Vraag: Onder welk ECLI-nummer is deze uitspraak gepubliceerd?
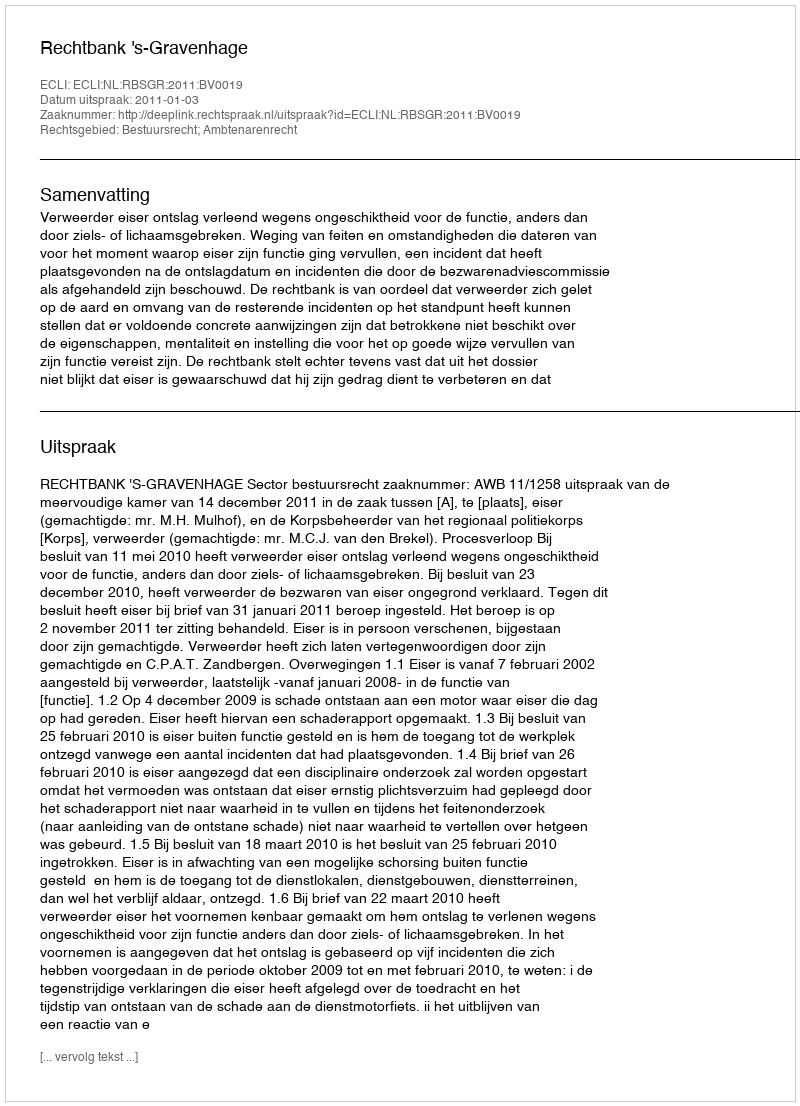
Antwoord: ECLI:NL:RBSGR:2011:BV0019